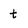
Character: t